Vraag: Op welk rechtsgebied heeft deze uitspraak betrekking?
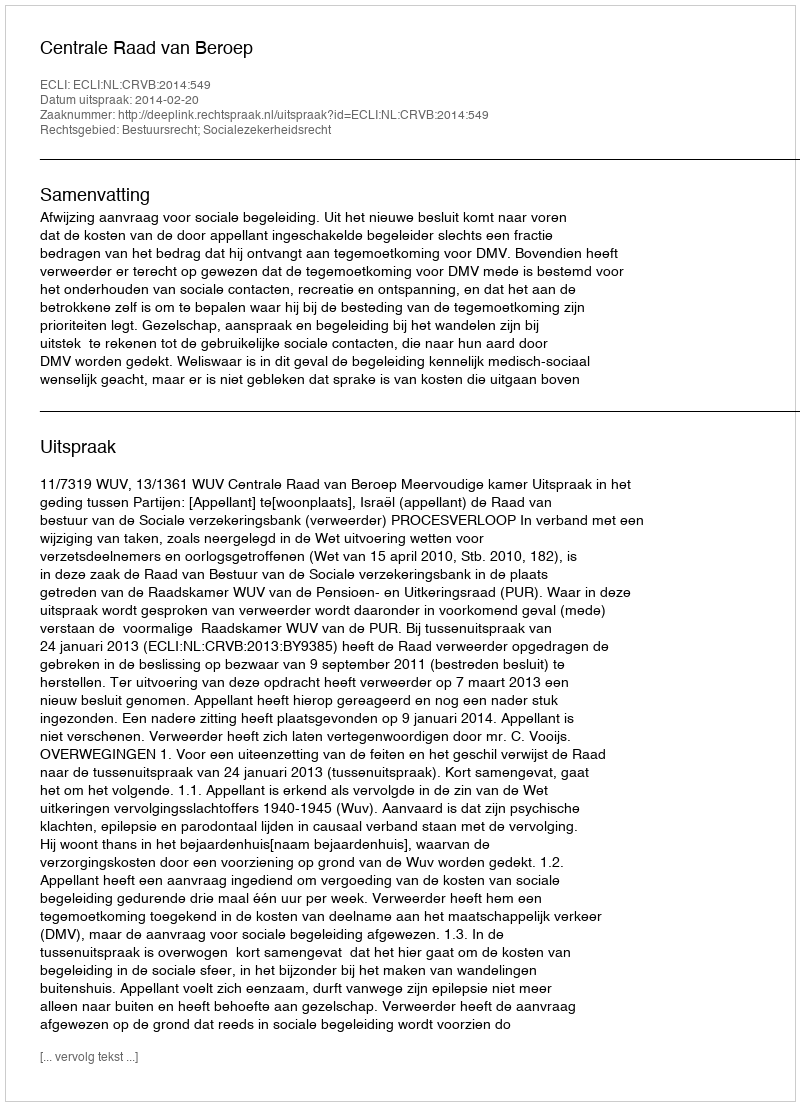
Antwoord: Bestuursrecht; Socialezekerheidsrecht